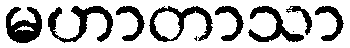
မဟာတာသာ